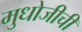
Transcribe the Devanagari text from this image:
मुधोजीची